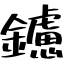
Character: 鑢